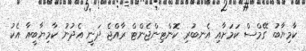
ކާމިޔާބު ގޭމްސް ކަމަށާއި އެނބުރި ކޮންޓިންޖެންޓް ރާއްޖެ ދަނީ އެދުނު ކާމިޔާބީއާ އެކު